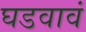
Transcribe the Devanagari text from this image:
घडवावं